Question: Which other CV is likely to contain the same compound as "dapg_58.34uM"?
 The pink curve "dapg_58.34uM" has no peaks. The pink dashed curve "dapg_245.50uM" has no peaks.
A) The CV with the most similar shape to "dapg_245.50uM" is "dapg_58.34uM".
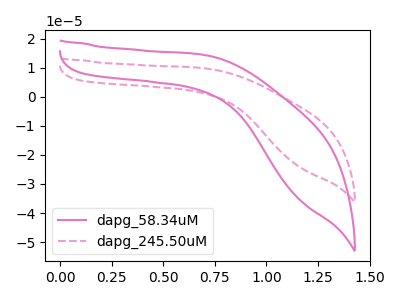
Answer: <think>Neither "dapg_58.34uM" or "dapg_245.50uM" have any peaks.
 </think>
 <answer>A) The CV with the most similar shape to "dapg_245.50uM" is "dapg_58.34uM".</answer>
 <eval>A</eval>